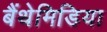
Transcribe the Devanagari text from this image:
बैंथेमिडिया